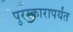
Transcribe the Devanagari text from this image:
पुरस्कारापर्यंत